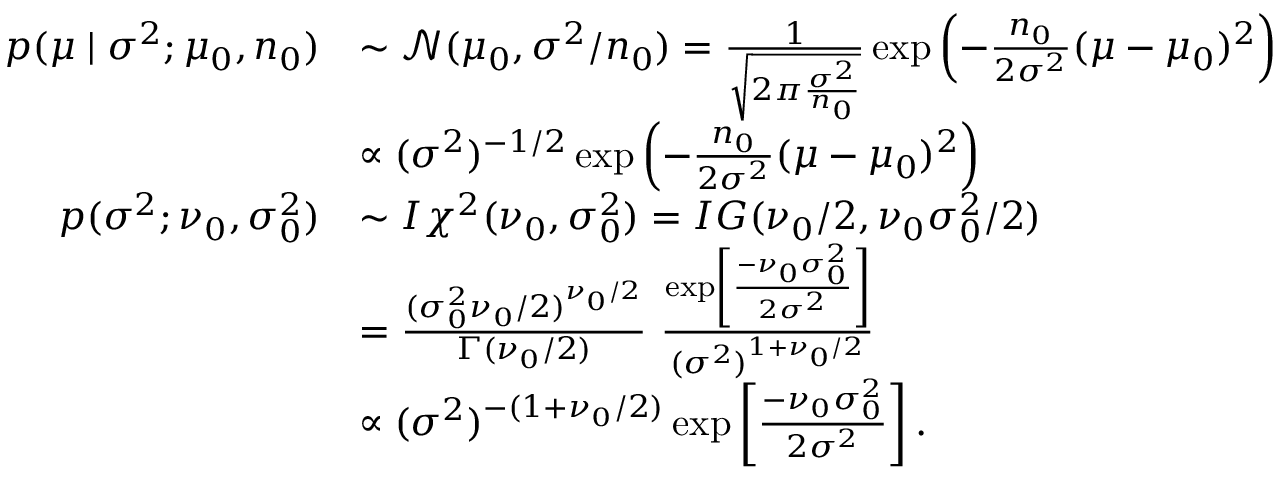
{ \begin{array} { r l } { p ( \mu \mid \sigma ^ { 2 } ; \mu _ { 0 } , n _ { 0 } ) } & { \sim { \mathcal { N } } ( \mu _ { 0 } , \sigma ^ { 2 } / n _ { 0 } ) = { \frac { 1 } { \sqrt { 2 \pi { \frac { \sigma ^ { 2 } } { n _ { 0 } } } } } } \exp \left( - { \frac { n _ { 0 } } { 2 \sigma ^ { 2 } } } ( \mu - \mu _ { 0 } ) ^ { 2 } \right) } \\ & { \propto ( \sigma ^ { 2 } ) ^ { - 1 / 2 } \exp \left( - { \frac { n _ { 0 } } { 2 \sigma ^ { 2 } } } ( \mu - \mu _ { 0 } ) ^ { 2 } \right) } \\ { p ( \sigma ^ { 2 } ; \nu _ { 0 } , \sigma _ { 0 } ^ { 2 } ) } & { \sim I \chi ^ { 2 } ( \nu _ { 0 } , \sigma _ { 0 } ^ { 2 } ) = I G ( \nu _ { 0 } / 2 , \nu _ { 0 } \sigma _ { 0 } ^ { 2 } / 2 ) } \\ & { = { \frac { ( \sigma _ { 0 } ^ { 2 } \nu _ { 0 } / 2 ) ^ { \nu _ { 0 } / 2 } } { \Gamma ( \nu _ { 0 } / 2 ) } } ~ { \frac { \exp \left[ { \frac { - \nu _ { 0 } \sigma _ { 0 } ^ { 2 } } { 2 \sigma ^ { 2 } } } \right] } { ( \sigma ^ { 2 } ) ^ { 1 + \nu _ { 0 } / 2 } } } } \\ & { \propto { ( \sigma ^ { 2 } ) ^ { - ( 1 + \nu _ { 0 } / 2 ) } } \exp \left[ { \frac { - \nu _ { 0 } \sigma _ { 0 } ^ { 2 } } { 2 \sigma ^ { 2 } } } \right] . } \end{array} }